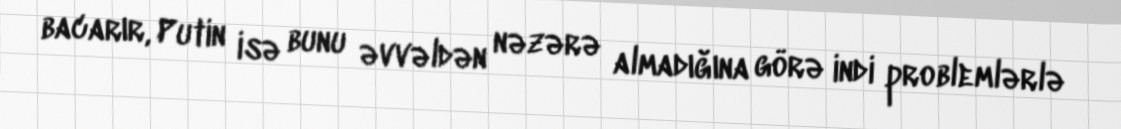
bacarır, Putin isə bunu əvvəldən nəzərə almadığına görə indi problemlərlə